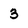
Character: 3